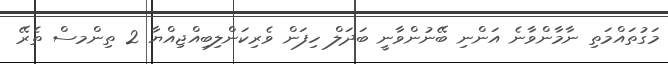
މަގުތައްމަތި ނާމާންވާނެ އަންނި ބޭނުންވާނީ ބަދަލް ހިފަން ވެރިކަންލިބިއްޖިއްޔާ 2 ތިންމސް ތެރޭ